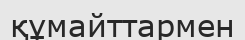
құмайттармен